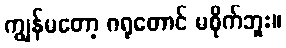
ကျွန်မတော့ ဂရုတောင် မစိုက်ဘူး။